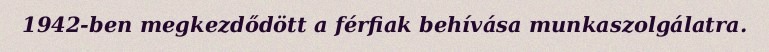
1942-ben megkezdődött a férfiak behívása munkaszolgálatra.